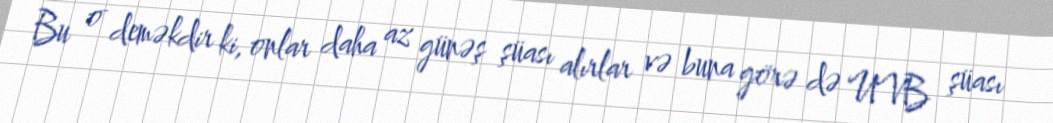
Bu o deməkdir ki, onlar daha az günəş şüası alırlar və buna görə də UVB şüası